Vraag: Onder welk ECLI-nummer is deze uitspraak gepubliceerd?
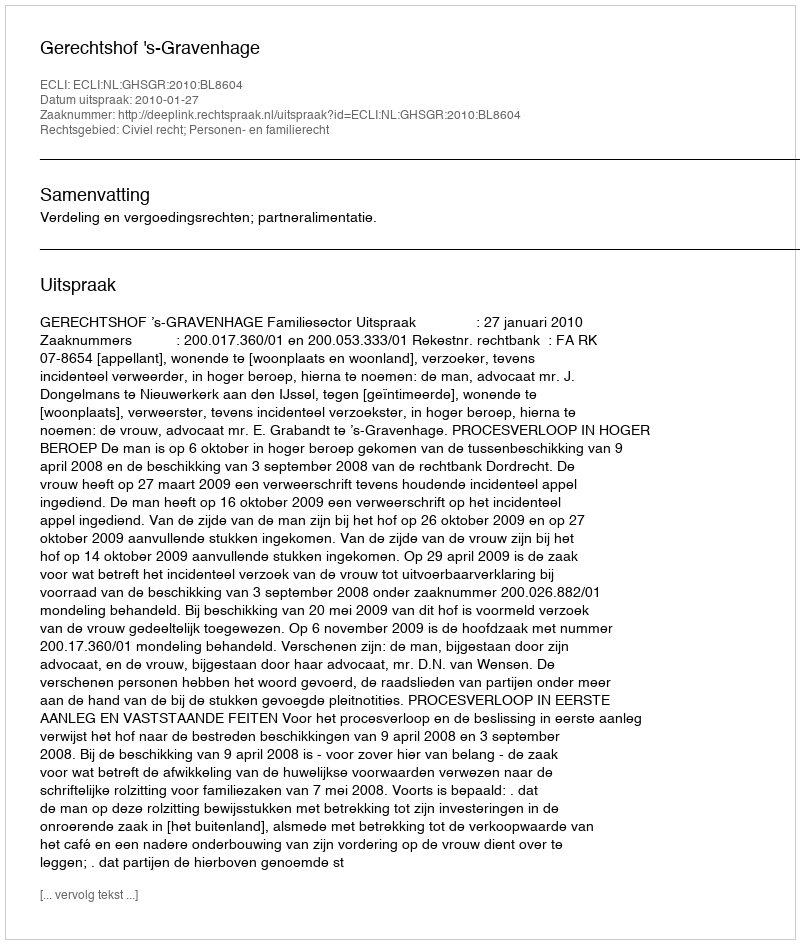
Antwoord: ECLI:NL:GHSGR:2010:BL8604